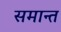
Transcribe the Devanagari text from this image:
समान्त